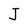
Character: J